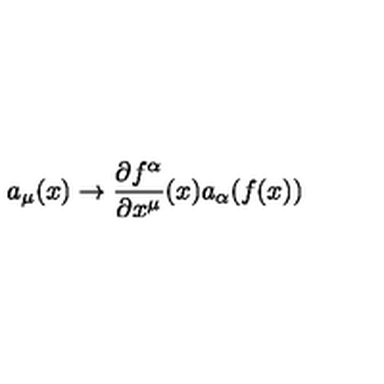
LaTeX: a _ { \mu } ( x ) \to \frac { \partial f ^ { \alpha } } { \partial x ^ { \mu } } ( x ) a _ { \alpha } ( f ( x ) )